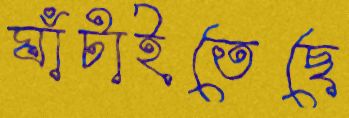
ঘাঁটাইতেছে